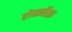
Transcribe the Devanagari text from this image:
रोमनॅस्क